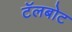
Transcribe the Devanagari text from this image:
टॅलबोट